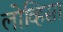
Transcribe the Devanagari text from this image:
लोव्हिसा